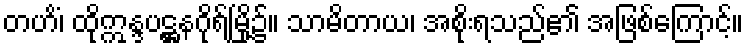
တဟိံ၊ ထိုဣန္ဒပဋ္ဌနဂိုရ်မြို့၌။ သာမိတာယ၊ အစိုးရသည်၏ အဖြစ်ကြောင့်။